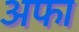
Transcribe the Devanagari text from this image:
अफा